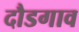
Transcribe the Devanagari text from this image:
दौडगाव